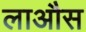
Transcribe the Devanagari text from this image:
लाऔस